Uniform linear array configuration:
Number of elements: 32
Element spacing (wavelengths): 0.25
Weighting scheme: binomial
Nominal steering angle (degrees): -15
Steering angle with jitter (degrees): -15.265
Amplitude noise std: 0.05
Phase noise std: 0.05

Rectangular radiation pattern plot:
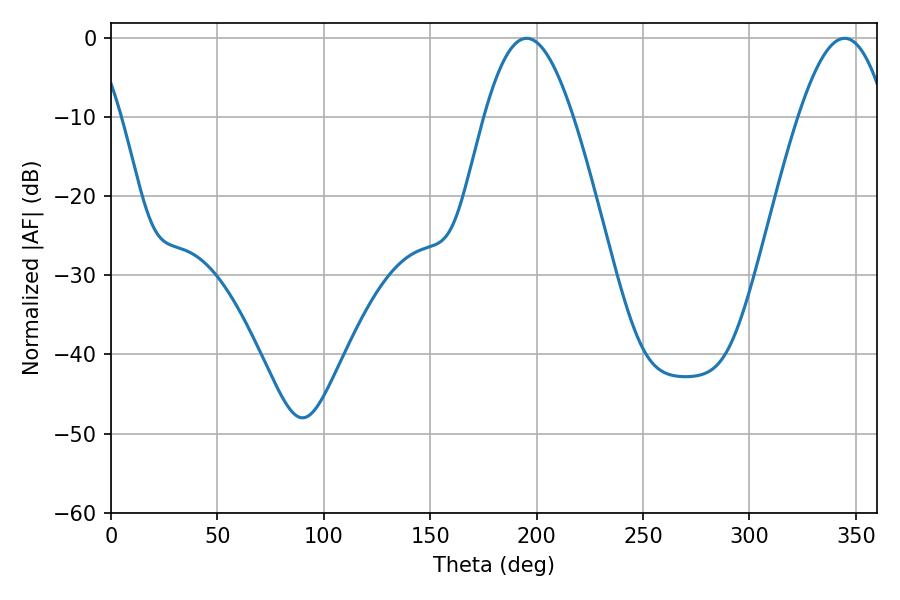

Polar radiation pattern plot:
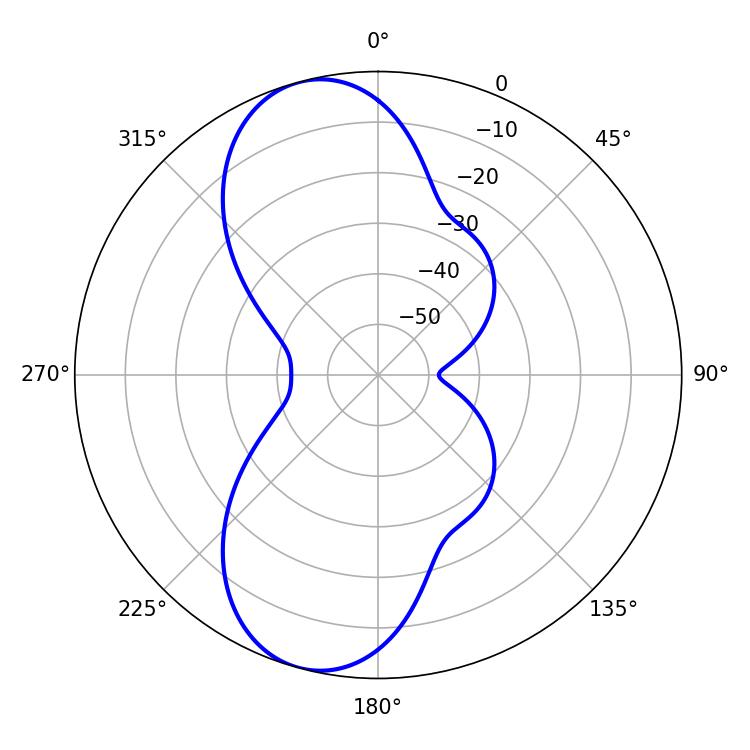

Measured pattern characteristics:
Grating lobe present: FALSE
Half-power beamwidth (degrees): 22.5
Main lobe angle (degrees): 195.3